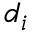
d _ { i }